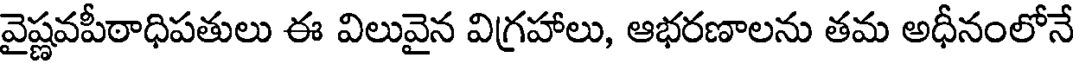
వైష్ణవపీఠాధిపతులు ఈ విలువైన విగ్రహాలు, ఆభరణాలను తమ అధీనంలోనే